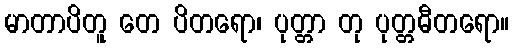
မာတာပိတူ တေ ပိတရော၊ ပုတ္တာ တု ပုတ္တဓီတရော။